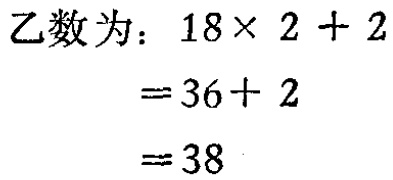
乙数为：
\[
\begin{align*}
18\times 2 + 2&=36 + 2\\
&=38
\end{align*}
\]